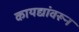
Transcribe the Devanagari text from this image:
कायद्यांवरून